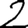
Digit: 2